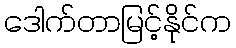
ဒေါက်တာမြင့်နိုင်က